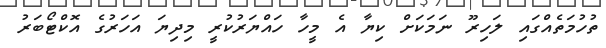
ތުހުމަތެއްގައި ލަހިރޫ ނަމަކަށް ކިޔާ އެ މީހާ ހައްޔަރުކުރީ މިދިޔަ އަހަރުގެ އޮކްޓޯބަރު